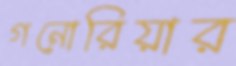
গনোরিয়ার